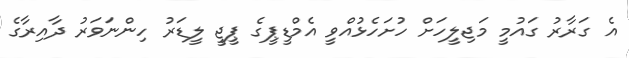
އެ ގަރާރު ގައުމީ މަޖިލީހަށް ހުށަހެޅުއްވީ އެމްޑީޕީގެ ޕީޖީ ލީޑަރު ހިންނަވަރު ދާއިރާގެ